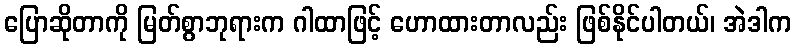
ပြောဆိုတာကို မြတ်စွာဘုရားက ဂါထာဖြင့် ဟောထားတာလည်း ဖြစ်နိုင်ပါတယ်၊ အဲဒါက